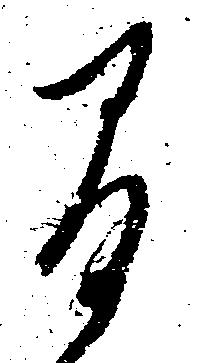
間